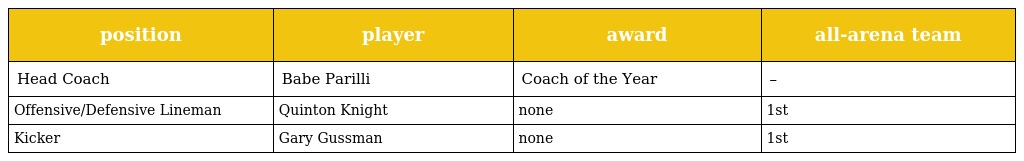
| position | player | award | all-arena team |
 | --- | --- | --- | --- |
 | Head Coach | Babe Parilli | Coach of the Year | – |
 | Offensive/Defensive Lineman | Quinton Knight | none | 1st |
 | Kicker | Gary Gussman | none | 1st |